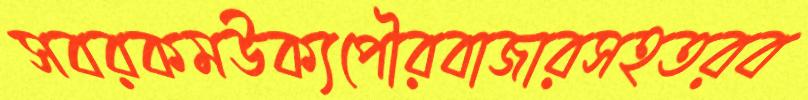
সবরকমউক্যপৌরবাজারসহতরব